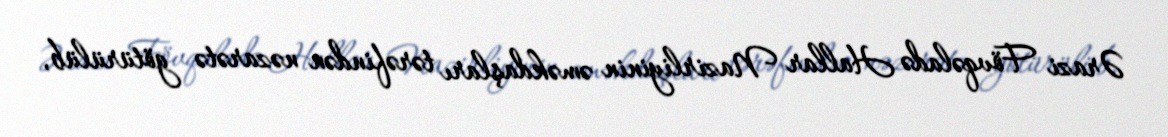
Ərazi Fövqəladə Hallar Nazirliyinin əməkdaşları tərəfindən nəzarətə götürülüb,